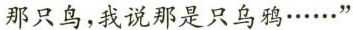
那只鸟，我说那是只乌鸦……””